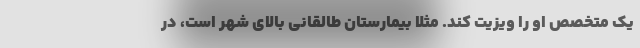
یک متخصص او را ویزیت کند. مثلاً بیمارستان طالقانی بالای شهر است، در